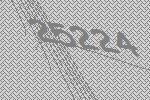
25224